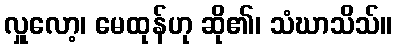
လှူလော့၊ မေထုန်ဟု ဆို၏၊ သံဃာသိသ်။